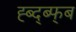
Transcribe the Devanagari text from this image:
ह्ब्द्ब्फ्ब